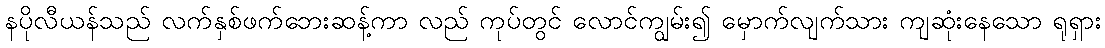
နပိုလီယန်သည် လက်နှစ်ဖက်ဘေးဆန့်ကာ လည် ကုပ်တွင် လောင်ကျွမ်း၍ မှောက်လျက်သား ကျဆုံးနေသော ရုရှား